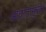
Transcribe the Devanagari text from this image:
आघातामुळेच